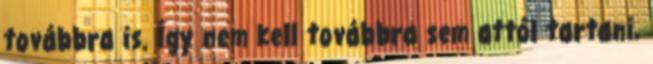
továbbra is. Így nem kell továbbra sem attól tartani,